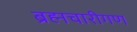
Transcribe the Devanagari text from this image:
ब्रह्मचारीगण